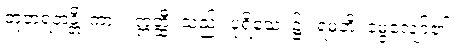
ဘူတရတန္တိ၊ ကား။ ဣတ္ထီ၊ သည်။ ပုရိသေ၊ ၌။ ရမတိ၊ မွေ့လျော်၏။